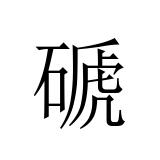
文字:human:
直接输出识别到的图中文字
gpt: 磃